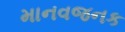
માનવજનક